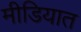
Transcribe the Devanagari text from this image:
मीडियात